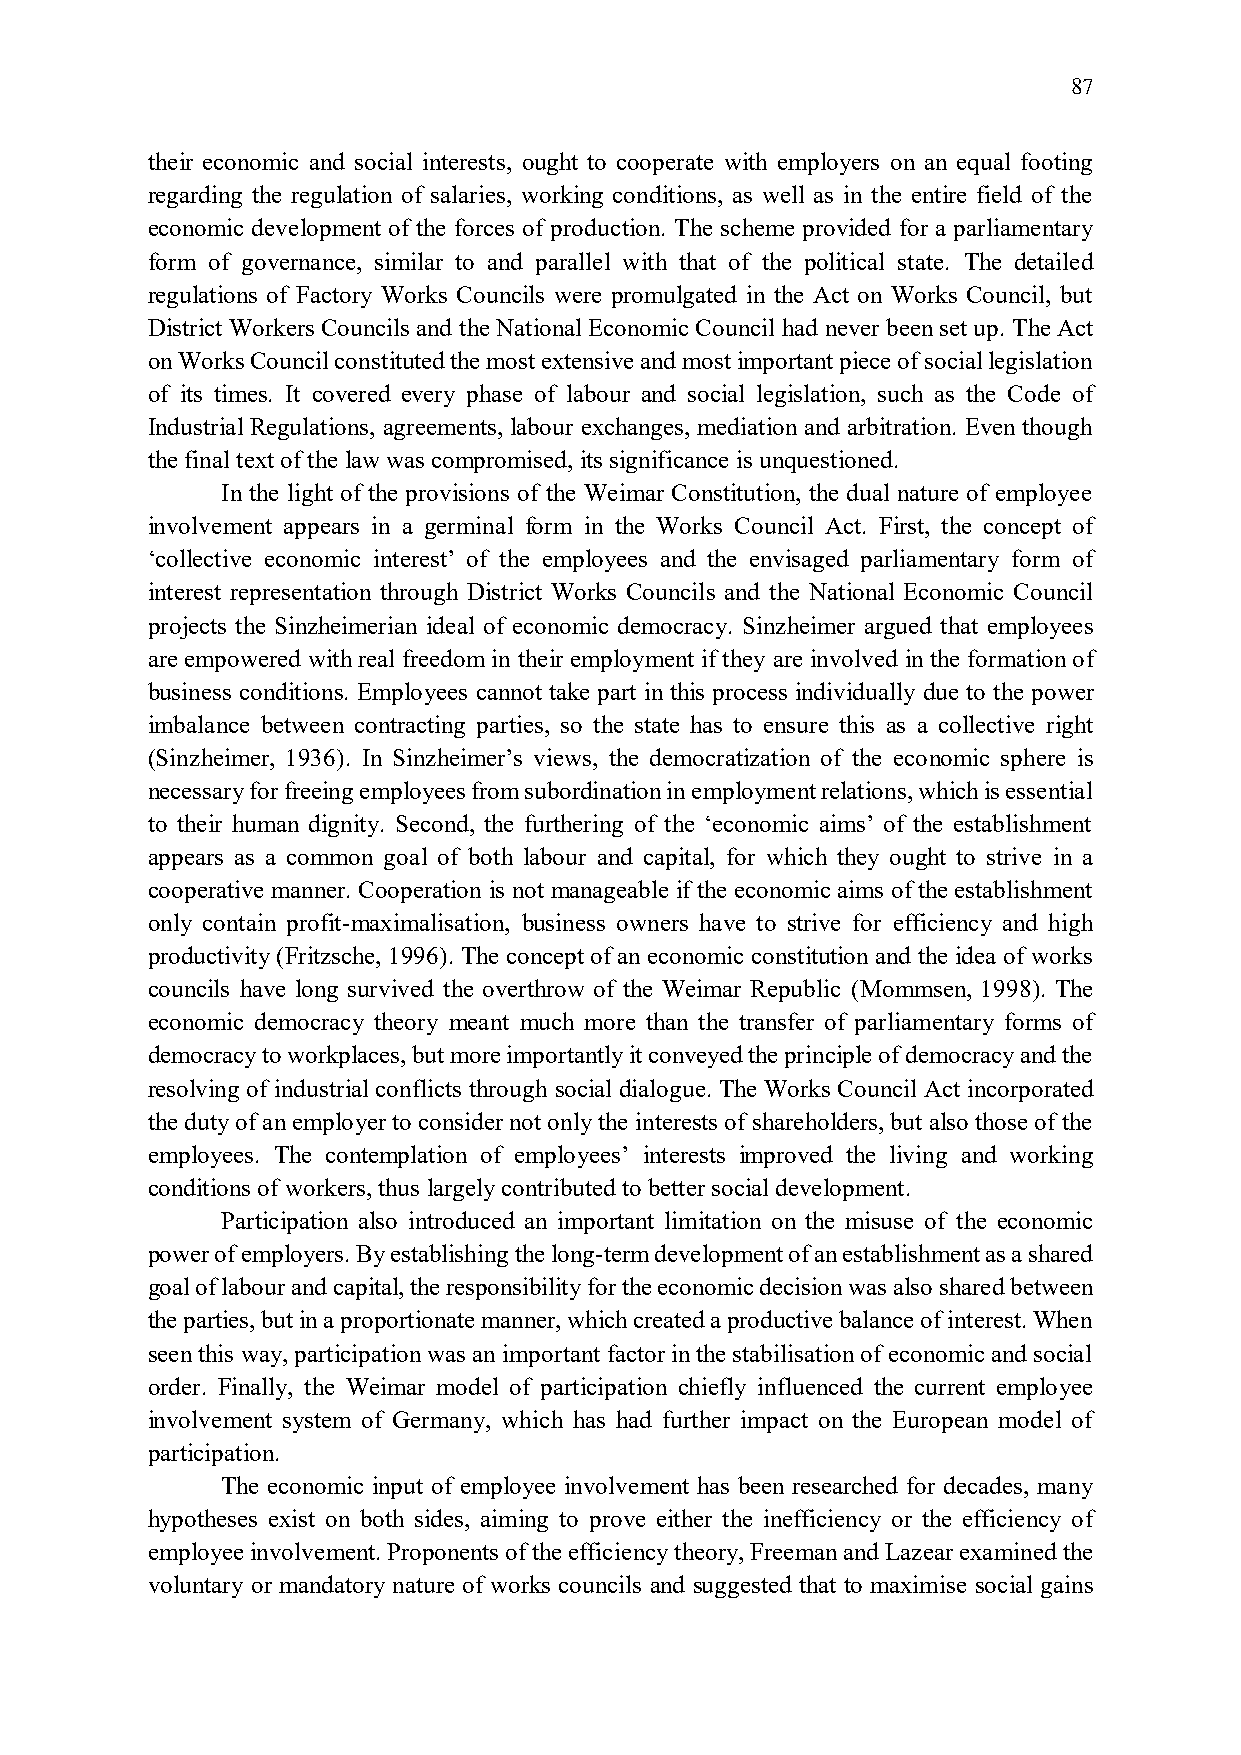
87
 their economic and social interests, ought to cooperate with employers on an equal footing
 regarding the regulation of salaries, working conditions, as well as in the entire field of the
 economic development of the forces of production. The scheme provided for a parliamentary
 form of governance, similar to and parallel with that of the political state. The detailed
 regulations of Factory Works Councils were promulgated in the Act on Works Council, but
 District Workers Councils and the National Economic Council had never been set up. The Act
 on Works Council constituted the most extensive and most important piece of social legislation
 of its times. It covered every phase of labour and social legislation, such as the Code of
 Industrial Regulations, agreements, labour exchanges, mediation and arbitration. Even though
 the final text of the law was compromised, its significance is unquestioned.
 In the light of the provisions of the Weimar Constitution, the dual nature of employee
 involvement appears in a germinal form in the Works Council Act. First, the concept of
 ‘collective economic interest’ of the employees and the envisaged parliamentary form of
 interest representation through District Works Councils and the National Economic Council
 projects the Sinzheimerian ideal of economic democracy. Sinzheimer argued that employees
 are empowered with real freedom in their employment if they are involved in the formation of
 business conditions. Employees cannot take part in this process individually due to the power
 imbalance between contracting parties, so the state has to ensure this as a collective right
 (Sinzheimer, 1936). In Sinzheimer’s views, the democratization of the economic sphere is
 necessary for freeing employees from subordination in employment relations, which is essential
 to their human dignity. Second, the furthering of the ‘economic aims’ of the establishment
 appears as a common goal of both labour and capital, for which they ought to strive in a
 cooperative manner. Cooperation is not manageable if the economic aims of the establishment
 only contain profit-maximalisation, business owners have to strive for efficiency and high
 productivity (Fritzsche, 1996). The concept of an economic constitution and the idea of works
 councils have long survived the overthrow of the Weimar Republic (Mommsen, 1998). The
 economic democracy theory meant much more than the transfer of parliamentary forms of
 democracy to workplaces, but more importantly it conveyed the principle of democracy and the
 resolving of industrial conflicts through social dialogue. The Works Council Act incorporated
 the duty of an employer to consider not only the interests of shareholders, but also those of the
 employees. The contemplation of employees’ interests improved the living and working
 conditions of workers, thus largely contributed to better social development.
 Participation also introduced an important limitation on the misuse of the economic
 power of employers. By establishing the long-term development of an establishment as a shared
 goal of labour and capital, the responsibility for the economic decision was also shared between
 the parties, but in a proportionate manner, which created a productive balance of interest. When
 seen this way, participation was an important factor in the stabilisation of economic and social
 order. Finally, the Weimar model of participation chiefly influenced the current employee
 involvement system of Germany, which has had further impact on the European model of
 participation.
 The economic input of employee involvement has been researched for decades, many
 hypotheses exist on both sides, aiming to prove either the inefficiency or the efficiency of
 employee involvement. Proponents of the efficiency theory, Freeman and Lazear examined the
 voluntary or mandatory nature of works councils and suggested that to maximise social gains